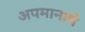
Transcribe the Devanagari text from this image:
अपमानाचे